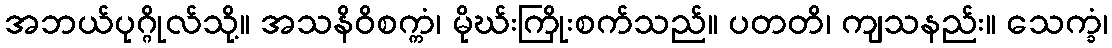
အဘယ်ပုဂ္ဂိုလ်သို့။ အသနိဝိစက္ကံ၊ မိုဃ်းကြိုးစက်သည်။ ပတတိ၊ ကျသနည်း။ သေက္ခံ၊